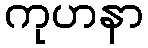
ကုဟနာ